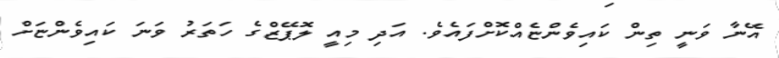
އޭނާ ވަނީ ތިން ކައިވެންޏެއްކޮށްފައެވެ. އަދި މިއީ ލޮޕޭޒްގެ ހަތަރު ވަނަ ކައިވެންޏަށް